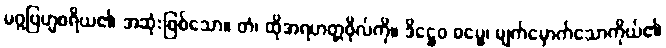
မဂ္ဂဗြဟ္မစရိယ၏ အဆုံးဖြစ်သော။ တံ၊ ထိုအရဟတ္တဖိုလ်ကို။ ဒိဋ္ဌေဝ ဓမ္မေ၊ မျက်မှောက်သောကိုယ်၏